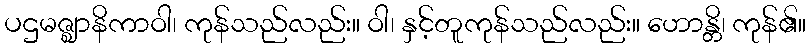
ပဌမဇ္ဈာနိကာဝါ၊ ကုန်သည်လည်း။ ဝါ၊ နှင့်တူကုန်သည်လည်း။ ဟောန္တိ၊ ကုန်၏။